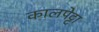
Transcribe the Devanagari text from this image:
कालपेट्टा